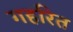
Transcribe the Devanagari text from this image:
गहरित